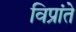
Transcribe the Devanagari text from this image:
विप्रांते